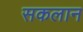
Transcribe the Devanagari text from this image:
सकलान